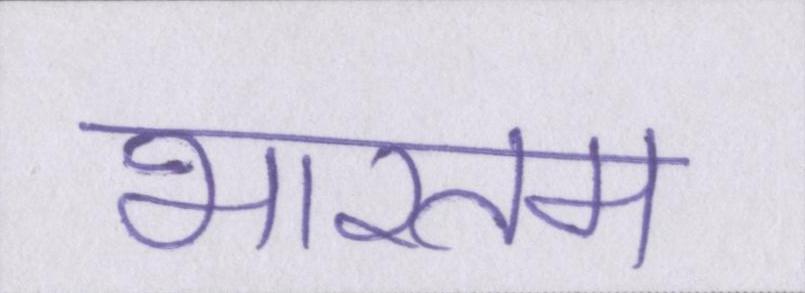
भारतम